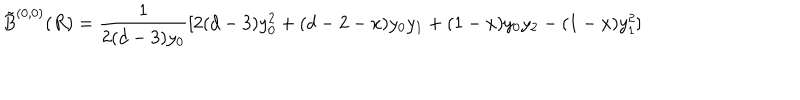
LaTeX: \tilde { B } ^ { ( 0 , 0 ) } ( R ) = \frac { 1 } { 2 ( d - 3 ) y _ { 0 } } [ 2 ( d - 3 ) y _ { 0 } ^ { 2 } + ( d - 2 - x ) y _ { 0 } y _ { 1 } + ( 1 - x ) y _ { 0 } y _ { 2 } - ( 1 - x ) y _ { 1 } ^ { 2 } ]